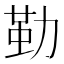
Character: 𠢀